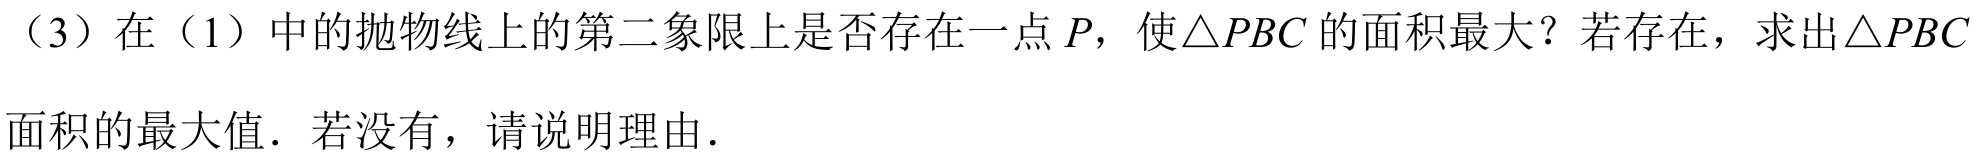
（3）在（1）中的抛物线上的第二象限上是否存在一点\(P\)，使\(\triangle PBC\)的面积最大？若存在，求出\(\triangle PBC\)面积的最大值．若没有，请说明理由．